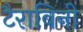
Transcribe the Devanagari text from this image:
टैराबिनी